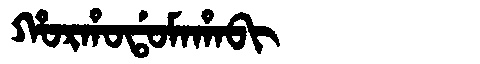
Manchu: ᡥᠣᡵᡥᠣᡩᠣᠮᠠᡥᠠᠪᡳ
Romanization: HORHODOMAHABI